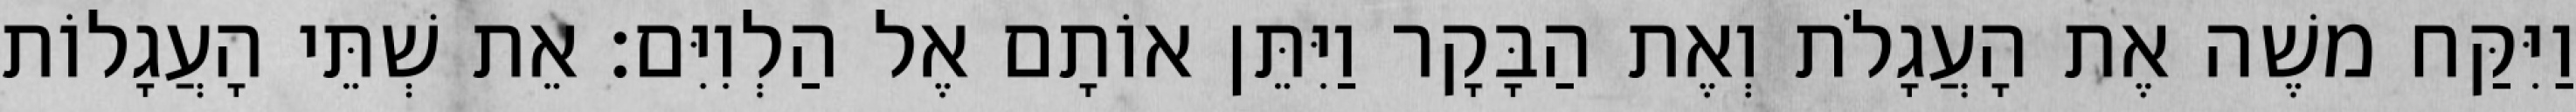
וַיִּקַּח משֶׁה אֶת הָעֲגָלֹת וְאֶת הַבָּקָר וַיִּתֵּן אוֹתָם אֶל הַלְוִיִּם׃ אֵת שְׁתֵּי הָעֲגָלוֹת